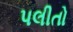
પલીતો